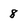
Character: 8